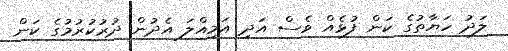
ލަދު ހަޔާތުގެ ކަން ފުޅެއް ވެސް އަދި އަމިއްލަ އެދުން ދުރުކުރުމުގެ ކަން